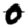
Digit: 0